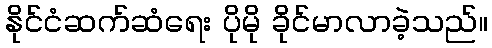
နိုင်ငံဆက်ဆံရေး ပိုမို ခိုင်မာလာခဲ့သည်။